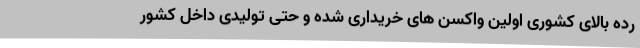
رده بالای کشوری اولین واکسن های خریداری شده و حتی تولیدی داخل کشور